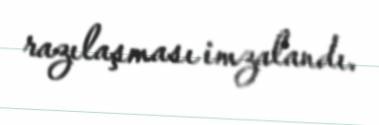
razılaşması imzalandı.